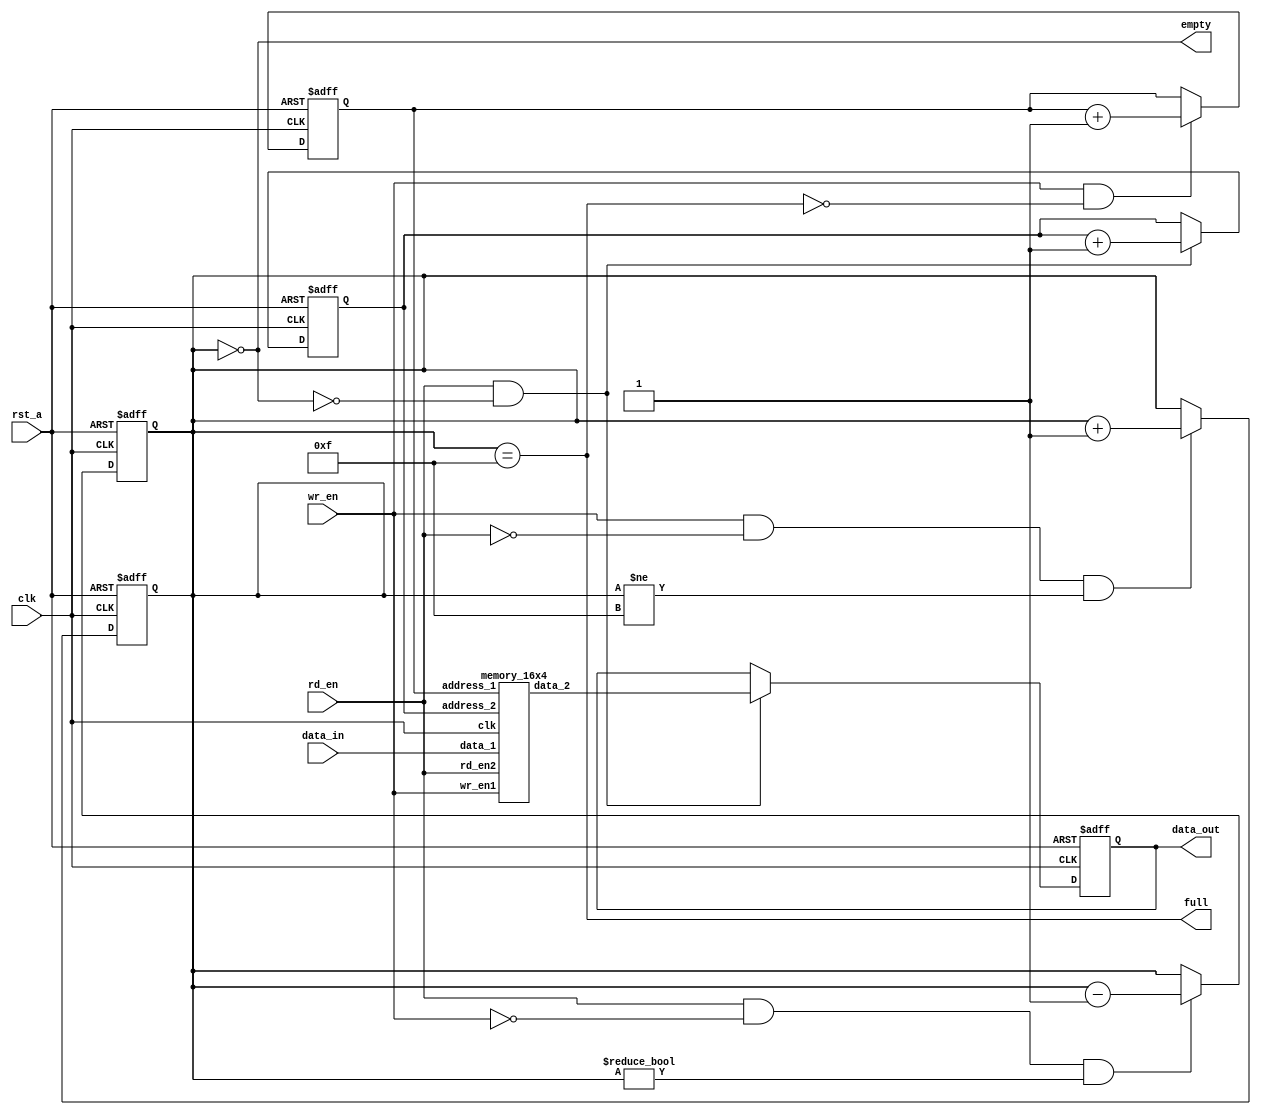
module sync_fifo(data_out,full,empty,data_in,clk,rst_a,wr_en,rd_en);
    parameter data_width = 4;
    parameter address_width = 4;
    parameter ram_depth =16;

    input [data_width-1:0] data_in;
    input clk;
    input rst_a;
    input wr_en;
    input rd_en;

    output [data_width-1:0] data_out;
    output full;
    output empty;
    
    reg [address_width-1:0] wr_pointer;
    reg [address_width-1:0] rd_pointer;
    reg [address_width :0] status_count;
    reg [data_width-1:0] data_out ;
    wire [data_width-1:0] data_ram ;

    always @ (posedge clk,posedge rst_a) begin
        if(rst_a)
            wr_pointer = 0;
        else
        if(wr_en&&full==0)
            wr_pointer = wr_pointer+1;
    end

    always @ (negedge clk,posedge rst_a) begin
    if(rst_a)
        rd_pointer = 0;
    else
        if(rd_en&&empty==0)
        rd_pointer = rd_pointer+1;
    end

    always @ (negedge clk,posedge rst_a)begin
        if(rst_a)
            data_out=0;
        else
            if(rd_en&&empty==0)
                data_out=data_ram;
    end

    always @ (posedge clk,posedge rst_a) begin
        if(rst_a)
            status_count = 0;
        else
            if(wr_en && !rd_en && (status_count != (ram_depth-1)))
                status_count = status_count + 1;
    end

    always @ (negedge clk,posedge rst_a) begin
        if(rst_a)
            status_count = 0;
        else
            if(rd_en && !wr_en && (status_count != 0))
                status_count = status_count - 1;
    end // always @ (posedge clk,posedge rst_a)
    
    assign full = (status_count == (ram_depth-1));
    assign empty = (status_count == 0);
    memory_16x4 u1(.address_1(wr_pointer),.address_2(rd_pointer),.data_1(data_in),.data_2(data_ram),.wr_en1(wr_en),.rd_en2(rd_en),.clk(clk));
endmodule

module memory_16x4(data_1,data_2,wr_en1,rd_en2,clk,address_1,address_2);
 parameter data_width = 4;
 parameter address_width = 4;
 parameter ram_depth =16;
 
 input [data_width-1:0] data_1;
 output [data_width-1:0] data_2;
 input [address_width-1:0] address_1;
 input [address_width-1:0] address_2;
 input wr_en1,clk,rd_en2;
 
 reg [address_width-1:0] memory[0:ram_depth-1];
 reg [data_width-1:0] data_2_out;
 wire [data_width-1:0] data_2;
 
 always @(posedge clk)
 begin
 if (wr_en1)
 memory[address_1]=data_1;
 end
 always @(posedge clk)
 begin
 if (rd_en2)
 data_2_out=memory[address_2];
 end
 assign data_2=(rd_en2)?data_2_out:4'b0000;
endmodule